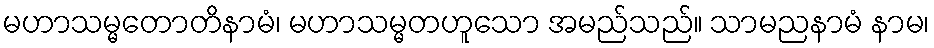
မဟာသမ္မတောတိနာမံ၊ မဟာသမ္မတဟူသော အမည်သည်။ သာမညနာမံ နာမ၊